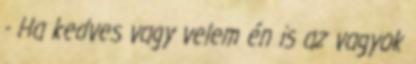
- Ha kedves vagy velem én is az vagyok